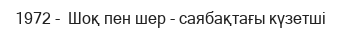
1972 -  Шоқ пен шер - саябақтағы күзетші